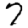
Digit: 7